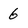
Character: 6